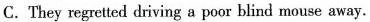
C.They regretted driving a poor blind mouse away.